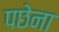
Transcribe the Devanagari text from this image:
पछेना